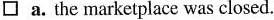
\square a. the marketplace was closed.